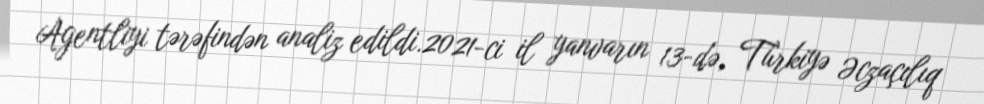
Agentliyi tərəfindən analiz edildi.2021-ci il yanvarın 13-də, Türkiyə Əczaçılıq